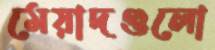
মেয়াদগুলো